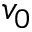
v _ { 0 }